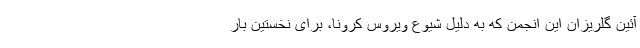
آئین گلریزان این انجمن که به دلیل شیوع ویروس کرونا، برای نخستین بار